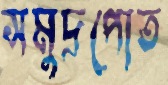
সমুদ্রপোত